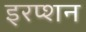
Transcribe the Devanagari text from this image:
इरप्शन